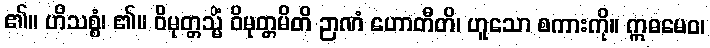
၏။ ဟိသစ္စံ၊ ၏။ ဝိမုတ္တသ္မိံ ဝိမုတ္တမိတိ ဉာဏံ ဟောတီတိ၊ ဟူသော စကားကို။ ဣဓမေဝ၊